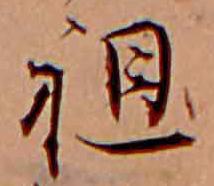
祖